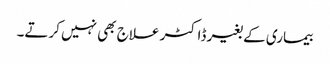
بیماری کے بغیر ڈاکٹر علاج بھی نہیں کرتے۔